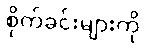
စိုက်ခင်းများကို